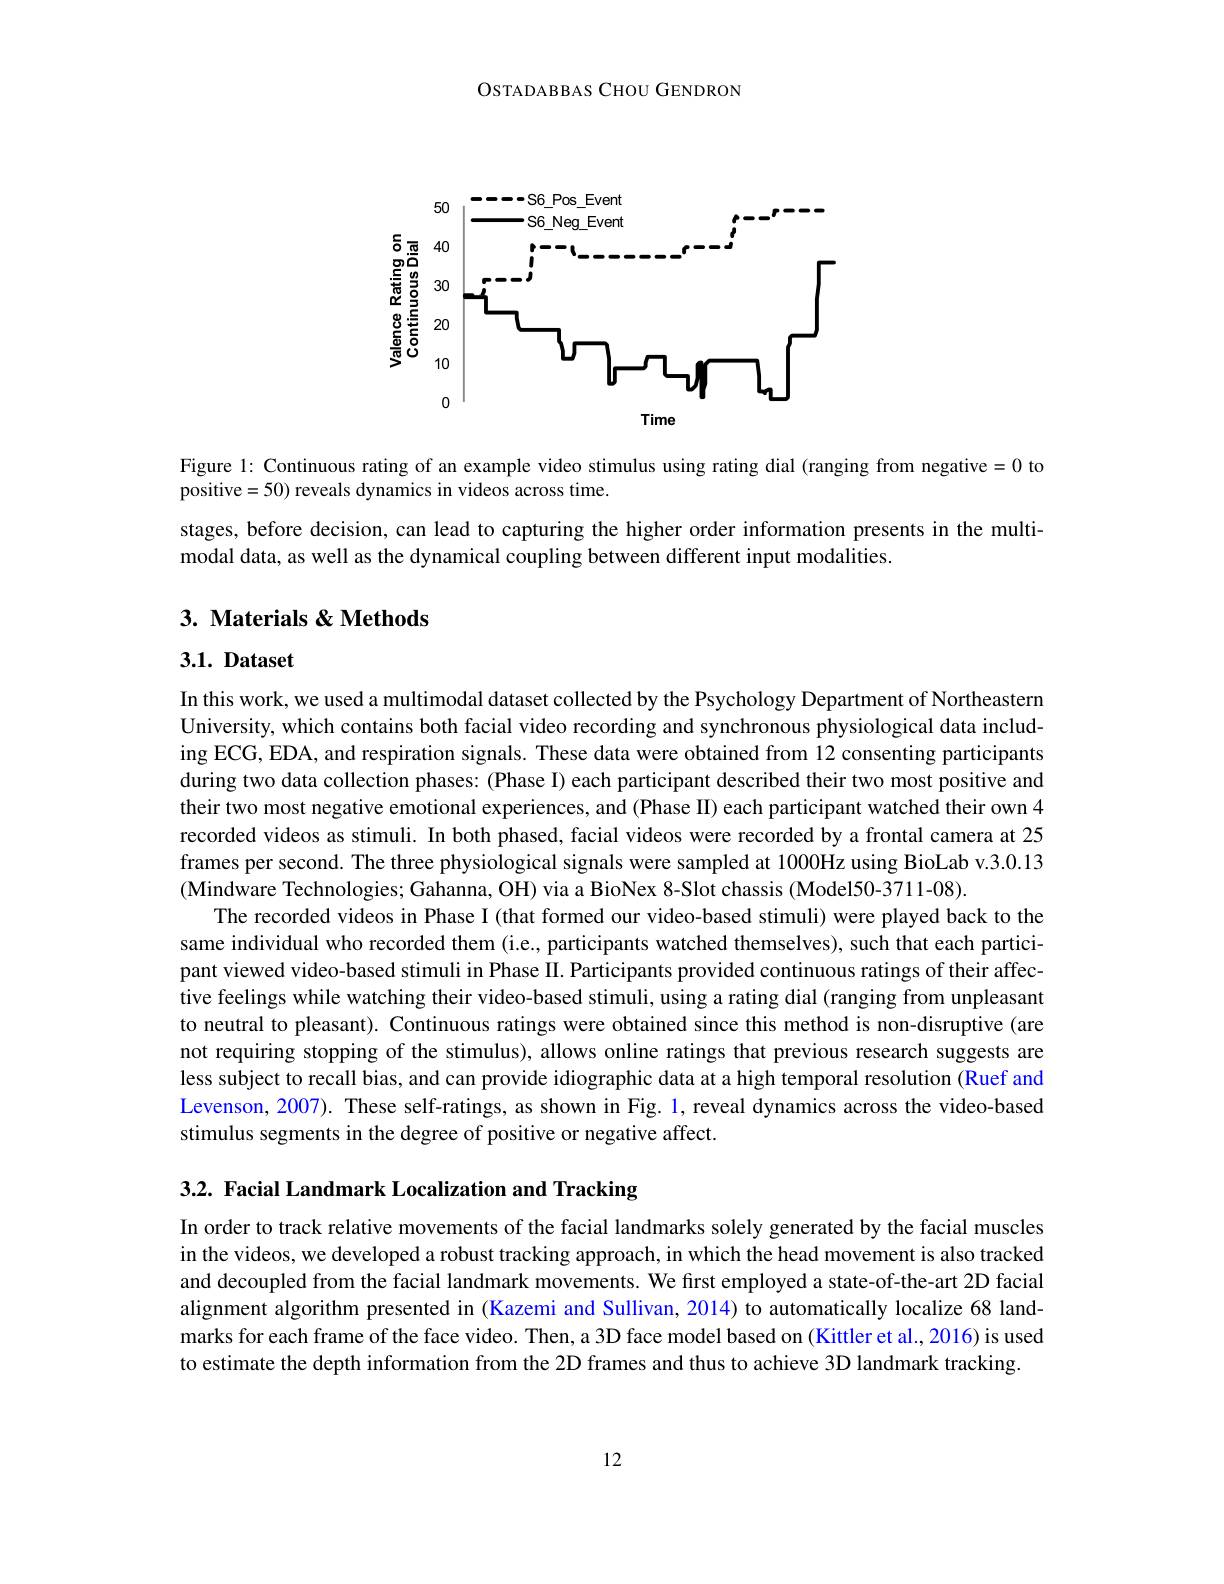
OSTADABBAS CHOU GENDRON

<FigureHere>

Figure l: Continuous rating of an example video stimulus using rating dial (ranging from negative=0 to
positive=50) reveals dynamics in videos across time.
stages, before decision, can lead to capturing the higher order information presents in the multi-
modal data, as well as the dynamical coupling between different input modalities.

## 3. Materials & Methods

# 3.1. Dataset

In this work, we used a multimodal dataset collected by the Psychology Department of Northeastern University, which contains both facial video recording and synchronous physiological data including ECG, EDA, and respiration signals. These data were obtained from 12 consenting participants during two data collection phases: (Phase I) each participant described their two most positive and their two most negative emotional experiences, and (Phase II) each participant watched their own 4 recorded videos as stimuli. In both phased, facial videos were recorded by a frontal camera at 25 frames per second. The three physiological signals were sampled at 1000Hz using BioLab v.3.0.13 (Mindware Technologies; Gahanna, OH) via a BioNex 8-Slot chassis (Model50-3711-08).
The recorded videos in Phase I (that formed our video-based stimuli) were played back to the same individual who recorded them (i.e., participants watched themselves), such that each participant viewed video-based stimuli in Phase II. Participants provided continuous ratings of their affective feelings while watching their video-based stimuli, using a rating dial (ranging from unpleasant to neutral to pleasant). Continuous ratings were obtained since this method is non-disruptive (are not requiring stopping of the stimulus), allows online ratings that previous research suggests are less subject to recall bias, and can provide idiographic data at a high temporal resolution (Ruef and Levenson, 2007). These self-ratings, as shown in Fig. 1, reveal dynamics across the video-based stimulus segments in the degree of positive or negative affect.

3.2. Facial Landmark Localization and Tracking

In order to track relative movements of the facial landmarks solely generated by the facial muscles in the videos, we developed a robust tracking approach, in which the head movement is also tracked and decoupled from the facial landmark movements. We fırst employed a state-of-the-art 2D facial alignment algorithm presented in (Kazemi and Sullivan, 2014) to automatically localize 68 landmarks for each frame of the face video. Then, a 3D face model based on (Kittler et al., 2016) is used to estimate the depth information from the 2D frames and thus to achieve 3D landmark tracking

12